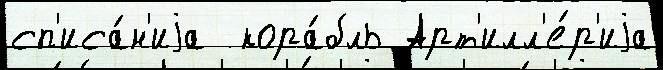
сп'иса́н'иjа  кора́бль Арт'илл'е́р'иjа